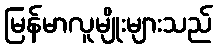
မြန်မာလူမျိုးများသည်